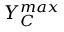
Y _ { { C } } ^ { m a x }